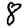
Digit: 8